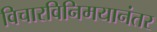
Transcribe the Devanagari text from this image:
विचारविनिमयानंतर